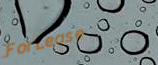
ForLease